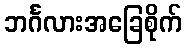
ဘင်္ဂလားအခြေစိုက်